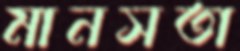
মানসতা